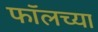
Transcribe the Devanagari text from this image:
फॉलच्या